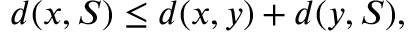
d ( x , S ) \leq d ( x , y ) + d ( y , S ) ,